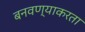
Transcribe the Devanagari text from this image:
बनवण्याकरता